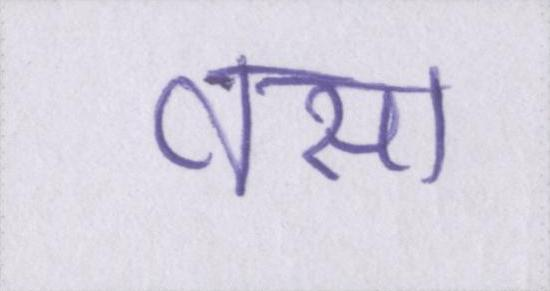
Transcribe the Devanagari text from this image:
वसा